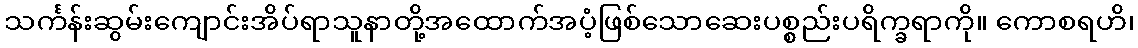
သင်္ကန်းဆွမ်းကျောင်းအိပ်ရာသူနာတို့အထောက်အပံ့ဖြစ်သောဆေးပစ္စည်းပရိက္ခရာကို။ ကောစရဟိ၊